Civil Veterinary Dept. North-West Frontier Province 1933-46 - 1933-1946
Year: 1933
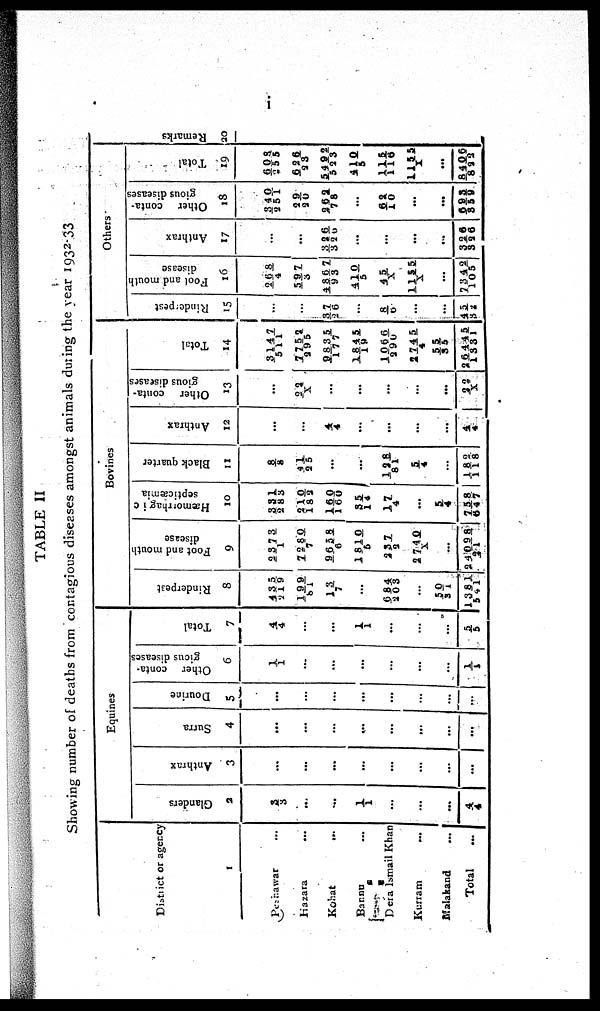
i
TABLE II
Showing number of deaths from contagious diseases amongst animals during the year 1932-33
District or agency
1
Peshawar ...
Hazara ...
Kohat ...
Bannu ...
Dera Ismail Khan
Kurram
...
Malakand
...
Total
...
Equines
Glanders
2
3/3
...
...
1/1
...
...
...
4/4
Anthrax
3
...
...
...
...
...
...
...
...
Surra
4
...
...
...
....
...
...
...
...
Dourine
5
...
...
...
...
...
...
...
...
Other conta-
gious diseases
6
1/ 1
...
...
...
...
...
...
1/1
Total
7
4/4
...
...
1/1
...
...
...
5/5
Bovines
Rinderpest
8
435/219
199/81
13/7
...
684/203
...
50/31
1381/541
Foot and mouth
disease
9
2373/1
7280/ 7
9658/ 6
1810/5
237/2
2740/X
...
24098/21
Hæmotrhagic
septicæmia
10
331/283
210/182
160/160
35/14
17/4
...
5/4
758/647
Black quarter
11
8/8
41/25
...
...
128/81
5/4
...
182/118
Anthrax
12
...
...
4/4
...
...
...
...
4/ 4
Other
conta-
gious diseases
13
...
22/ X
...
...
...
...
...
22/ X
Total
14
3147/511
7752/295
9835/177
1845/19
1066/290
274 5/4
55/35
26445/1331
Others
Rinderpest
15
...
...
37/26
...
8/6
...
...
41/32
Foot
and mouth
disease
16
268/4
597/3
4862/93
410/ 5
45/X
1155/X
...
7342/105
Anthrax
17
...
...
326/326
...
...
...
...
326/326
Other conta-
gious diseases
18
340/251
29/20
262/78
...
62/10
...
...
693/859
Total
19
608/255
626/23
5492/523
410/5
115/116
1155/X
...
8406/822
Remarks
20